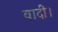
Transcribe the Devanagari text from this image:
वादी।